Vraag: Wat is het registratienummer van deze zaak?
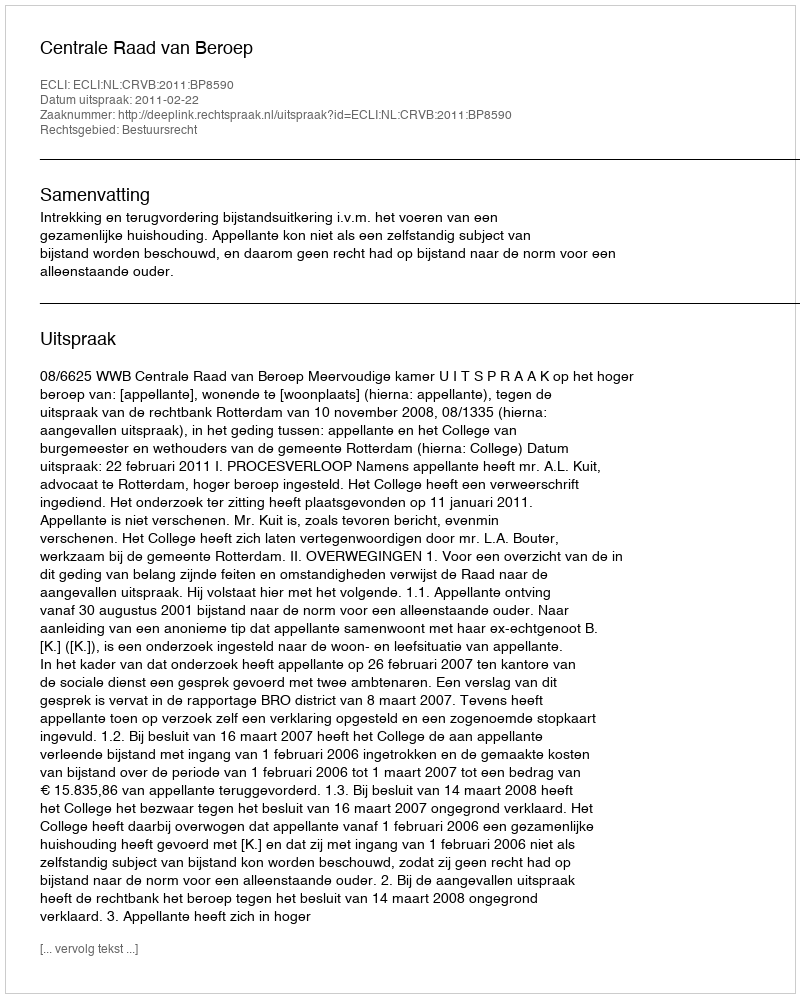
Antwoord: http://deeplink.rechtspraak.nl/uitspraak?id=ECLI:NL:CRVB:2011:BP8590